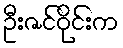
ဦးဇင်ဝိုင်းက